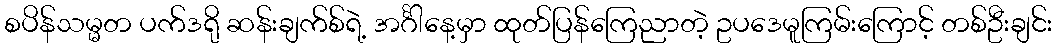
စပိန်သမ္မတ ပက်ဒရို ဆန်းချက်စ်ရဲ့ အင်္ဂါနေ့မှာ ထုတ်ပြန်ကြေညာတဲ့ ဥပဒေမူကြမ်းကြောင့် တစ်ဦးချင်း